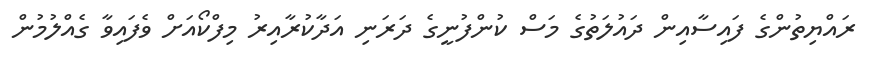
ރައްޔިތުންގެ ފައިސާއިން ދައުލަތުގެ މަސް ކުންފުނީގެ ދަރަނި އަދާކުރާއިރު މިފްކޯއަށް ވެފައިވާ ގެއްލުމުން